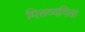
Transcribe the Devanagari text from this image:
मित्तव्ययिता